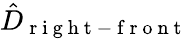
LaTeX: \hat{D}_{\mathrm{~r~i~g~h~t~-~f~r~o~n~t~}}